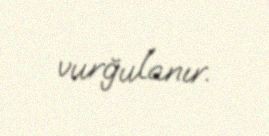
vurğulanır.